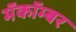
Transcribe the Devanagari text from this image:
मॅकॉम्बर